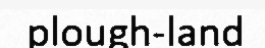
plough-land